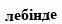
лебінде